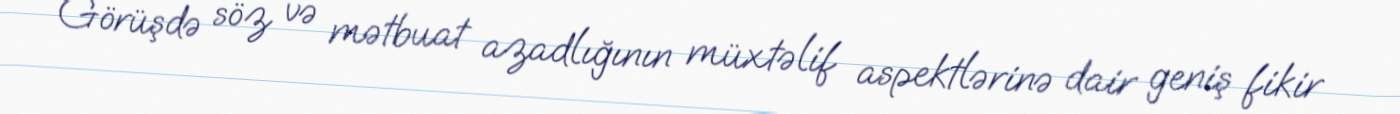
Görüşdə söz və mətbuat azadlığının müxtəlif aspektlərinə dair geniş fikir